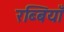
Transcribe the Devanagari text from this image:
रब्बियाँ